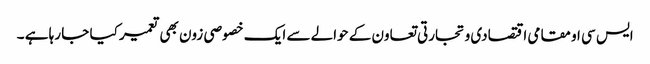
ایس سی او مقامی اقتصادی و تجارتی تعاون کے حوالے سے ایک خصوصی زون بھی تعمیر کیا جا رہا ہے ۔